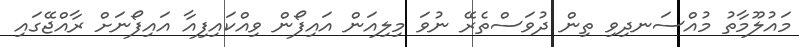
މައުލޫމާތު މުއްސަނދިވި ތިން ދުވަސްތެރޭ ނުވަ މިލިއަން އައިފޯން ވިއްކައިފިއާ އައިފޯނަށް ރާއްޖޭގައި